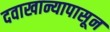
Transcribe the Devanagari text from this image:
दवाखान्यापासून